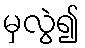
မှလွဲ၍